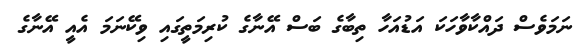
ނަމަވެސް ދައްކާވާހަކަ އަޑުއަހާ ތިބާގެ ބަސް އޭނާގެ ކުރިމަތީގައި ވިކޭނަމަ އެއީ އޭނާގެ